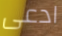
ادعى